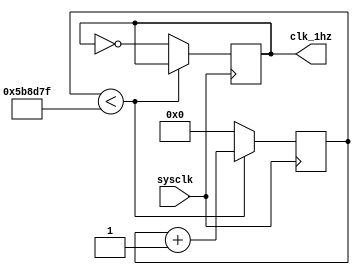
`timescale 1ns / 1ps
//////////////////////////////////////////////////////////////////////////////////
// Company: 
// Engineer: 
// 
// Design Name: 
// Module Name: clk_1hz
// Project Name: 
// Target Devices: 
// Tool Versions: 
// Description: 
// 
// Dependencies: 
// 
// Revision:
// Revision 0.01 - File Created
// Additional Comments:
// 
//////////////////////////////////////////////////////////////////////////////////


module clk_1hz(
    input sysclk,
    output reg clk_1hz = 0
    );
    
    reg [22:0] counter = 0;
    
    always @ (posedge sysclk) begin
        if (counter < 5999999) begin
            counter <= counter + 1;
        end else begin
            counter <= 0;
            clk_1hz <= ~clk_1hz;
        end
    end
endmodule